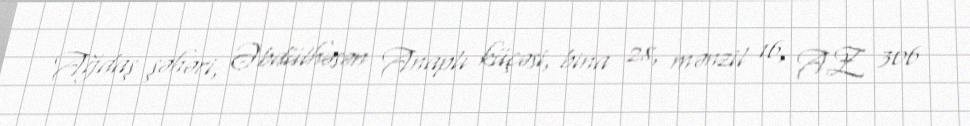
Ağdaş şəhəri, Əbdülhəsən Anaplı küçəsi, bina 28, mənzil 16, AZ 306